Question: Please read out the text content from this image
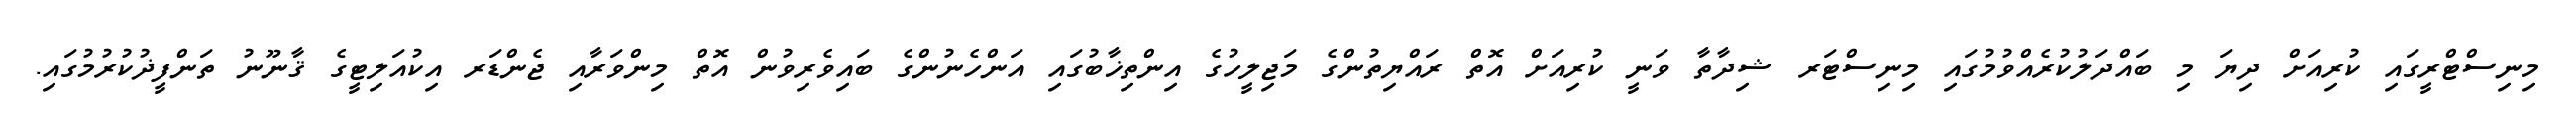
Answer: މިނިސްޓްރީގައި ކުރިއަށް ދިޔަ މި ބައްދަލުކުރެއްވުމުގައި މިނިސްޓަރ ޝިދާތާ ވަނީ ކުރިއަށް އޮތް ރައްޔިތުންގެ މަޖިލީހުގެ އިންތިޚާބުގައި އަންހެނުންގެ ބައިވެރިވުން އޮތް މިންވަރާއި ޖެންޑަރ އިކުއަލިޓީގެ ޤާނޫނު ތަންފީޛުކުރުމުގައި.